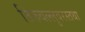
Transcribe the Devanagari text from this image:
तिरुवल्लुवरस्तथा